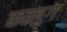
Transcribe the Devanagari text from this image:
कत्लुग